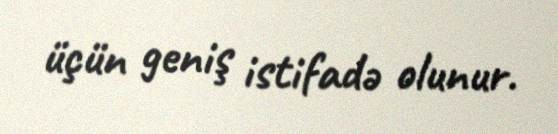
üçün geniş istifadə olunur.